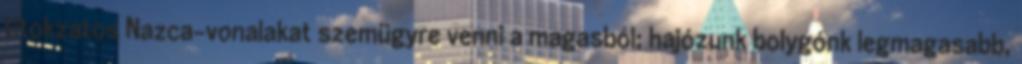
titokzatos Nazca-vonalakat szemügyre venni a magasból; hajózunk bolygónk legmagasabb,